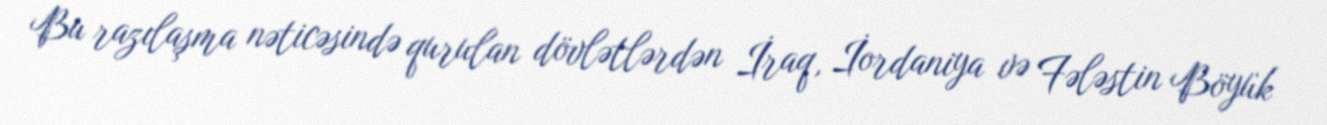
Bu razılaşma nəticəsində qurulan dövlətlərdən İraq, İordaniya və Fələstin Böyük